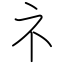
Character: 礻